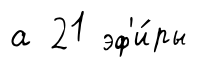
а 21 эф'и́ры